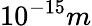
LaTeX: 10^{-15}m